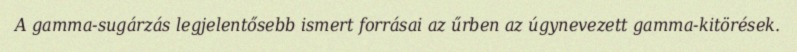
A gamma-sugárzás legjelentősebb ismert forrásai az űrben az úgynevezett gamma-kitörések.